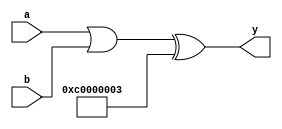
module output_assignment(a, b, y);
input [31:0] a;
input [31:0] b;
output [31:0] y;

wire [31:0] constant;
wire [31:0] test_wire;
wire [31:0] test_wire2;
wire [31:0] test_wire3;
wire [31:0] test_wire4;

assign constant = 32'b11000000000000000000000000000011;
assign y = (a | b) ^ constant;
assign test_wire = constant;
assign test_wire2 = a;
assign test_wire3 = y;
assign test_wire4 = test_wire3;

endmodule